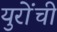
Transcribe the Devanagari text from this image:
युरोंची